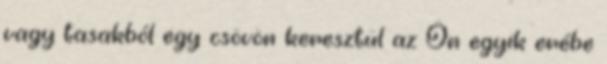
vagy tasakból egy csövön keresztül az Ön egyik erébe